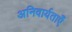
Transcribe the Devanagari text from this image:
अनिवार्यताएँ